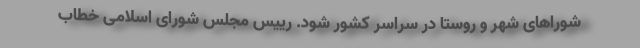
شوراهای شهر و روستا در سراسر کشور شود. رییس مجلس شورای اسلامی خطاب